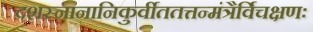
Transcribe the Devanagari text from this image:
दशस्नानानिकुर्वीततत्तन्मंत्रैर्विचक्षणः